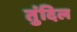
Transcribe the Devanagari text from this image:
तुंदिल